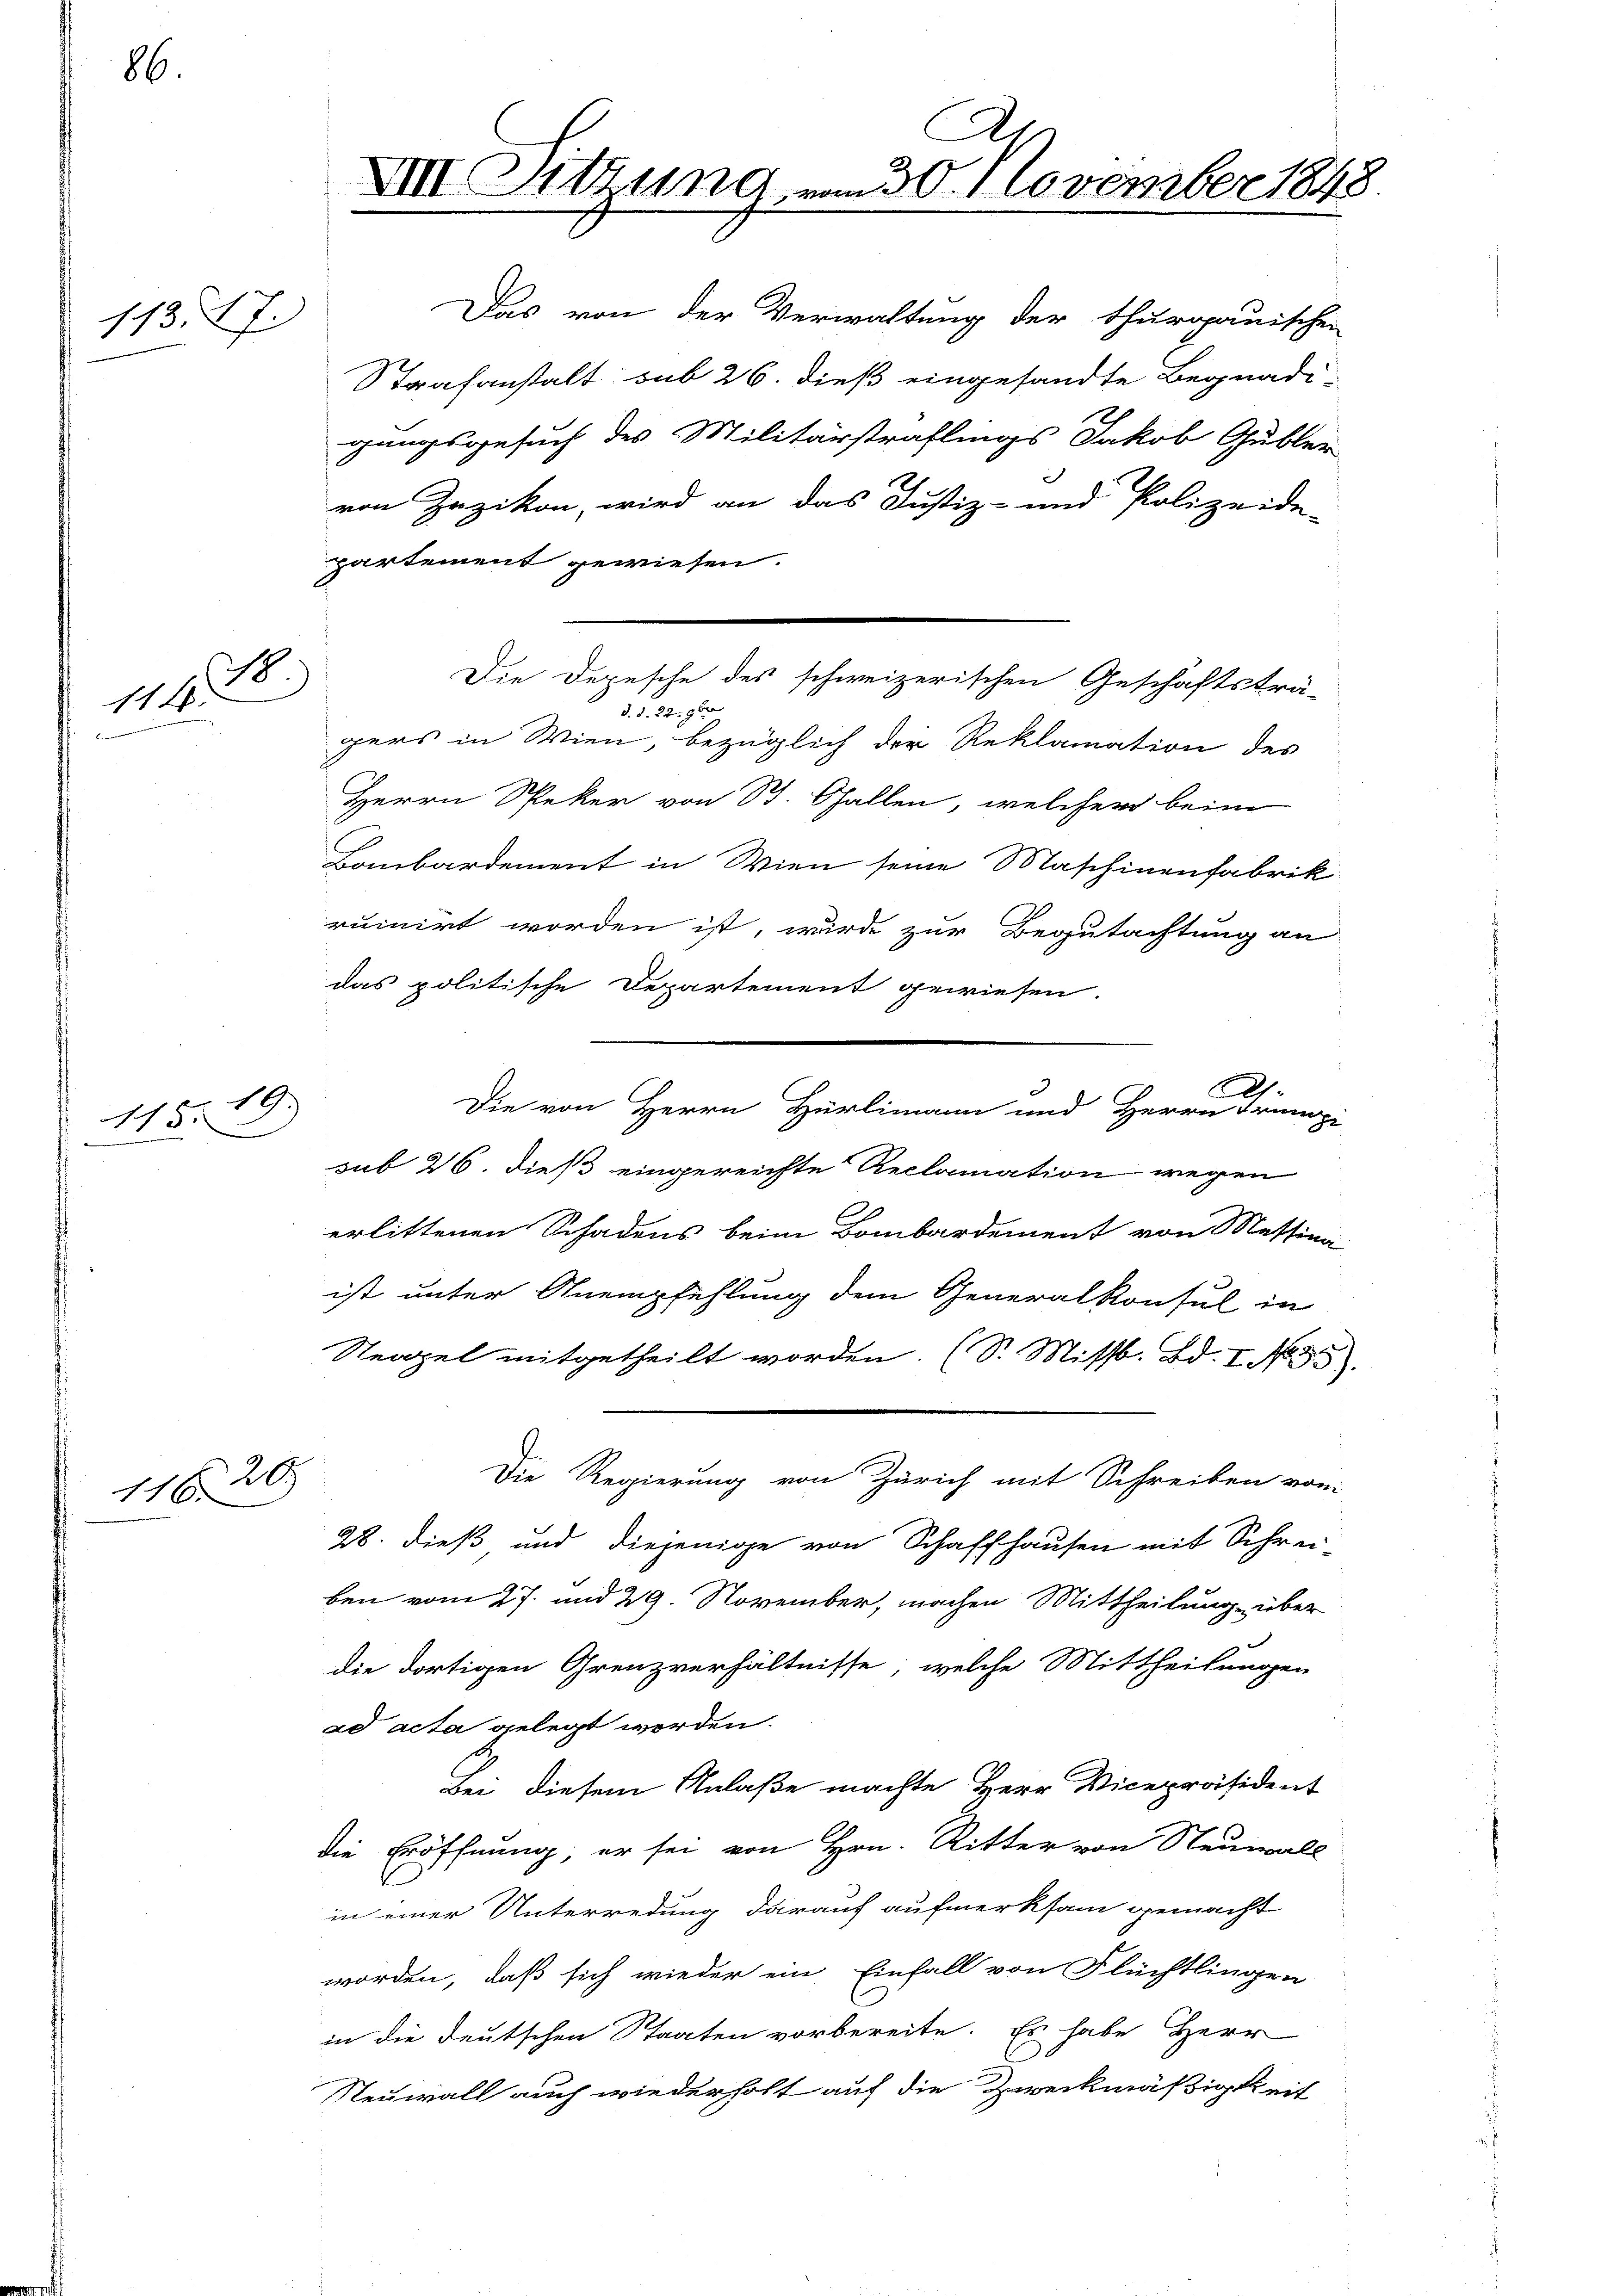
11377.

.

86.

/8
114.

18
115.

26
116.

Das von der Verwaltung der thurgauischen
Strafanstalt sub 26. dieß eingesandte Begnadi-
gangsgesuch des Militärstraflings Jakob Gubler
von Zuzikon, wird an das Justiz- und Polizeide-
partement gewiesen.
d. d. 22. 9ber
gers in Wien, bezüglich der Reklamation des
Herrn Speker von St. Gallen welcher beim
Bombardement in Wien seine Maschinenfabrik
ruinirt worden ist, wurde zur Begutachtung an
das politische Departement gewiesen.
A.
Die von Herrn Hürlimann und Herrn Trumpi
sub 26. dieß eingereichte Reclamation wegen
erlittenen Schadens beim Bombardement von Messina
ist unter Anempfehlung dem Generalkonsul in
Neapel mitgetheilt worden. (S. Miss. Bd. I. 1835.
Die Regierung von Zürich mit Schreiben vom
28. dieß und diejenige von Schaffhausen mit Schreiben vom 27. und 29. November, machen Mittheilung über
die dortigen Grenzverhältnisse, welche Mittheilungen
ad acta gelegt worden.
Bei diesem Anlaße machte Herr Vicepräsident
die Eröffnung, er sei von Hrn. Ritter von Neuwall
in einer Unterredung darauf aufmerksam gemacht
worden, daß sich wieder ein Einfall von Flüchtlingen
in die deutschen Staaten vorbereite. Es habe Herr
Neuwall auch wiederholt auf die Zweckmäßigkeit

A
VIII. Sitzung vom 30. November 1848.

Die Depesche des schweizerischen Geschäftsträ-